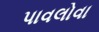
પાવલોવા